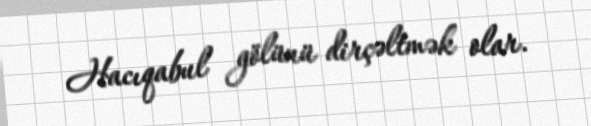
Hacıqabul gölünü dirçəltmək olar.